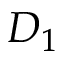
D _ { 1 }